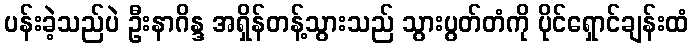
ပန်းခဲ့သည်ပဲ ဦးနာဂိန္ဒ အရှိန်တန့်သွားသည် သွားပွတ်တံကို ပိုင်ရှောင်ချန်းထံ